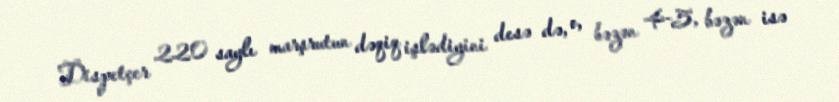
Dispetçer 220 saylı marşrutun dəqiq işlədiyini desə də, o, bəzən 4-5, bəzən isə